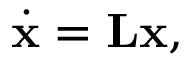
\dot { \mathbf { x } } = \mathbf { L x } ,